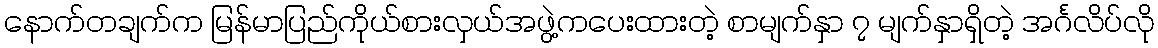
နောက်တချက်က မြန်မာပြည်ကိုယ်စားလှယ်အဖွဲ့ကပေးထားတဲ့ စာမျက်နှာ ၇ မျက်နှာရှိတဲ့ အင်္ဂလိပ်လို